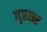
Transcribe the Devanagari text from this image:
गुप्तसर